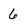
Character: 6